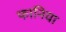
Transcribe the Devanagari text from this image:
फानिया